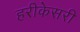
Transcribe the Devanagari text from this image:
हरीकेसरी